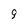
Character: 9